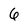
Character: 6